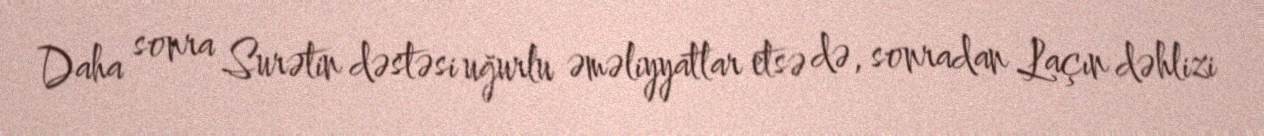
Daha sonra Surətin dəstəsi uğurlu əməliyyatlar etsə də, sonradan Laçın dəhlizi